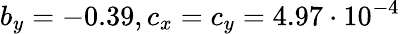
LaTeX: b_{y}=-0.39,c_{x}=c_{y}=4.97\cdot 10^{-4}